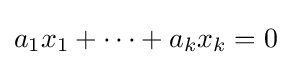
a_{1}x_{1}+\cdots +a_{k}x_{k}=0